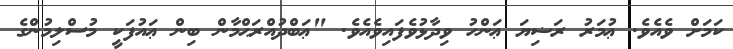
ކަމަށް ވެއެވެ. ޢުމަރު ރަޟިޔަ ޢަންހު ވިދާޅުވެފައިވެއެވެ. "ޢަބްދުއްރަޙްމާން ބިން ޢައުފަކީ މުސްލިމުންގެ